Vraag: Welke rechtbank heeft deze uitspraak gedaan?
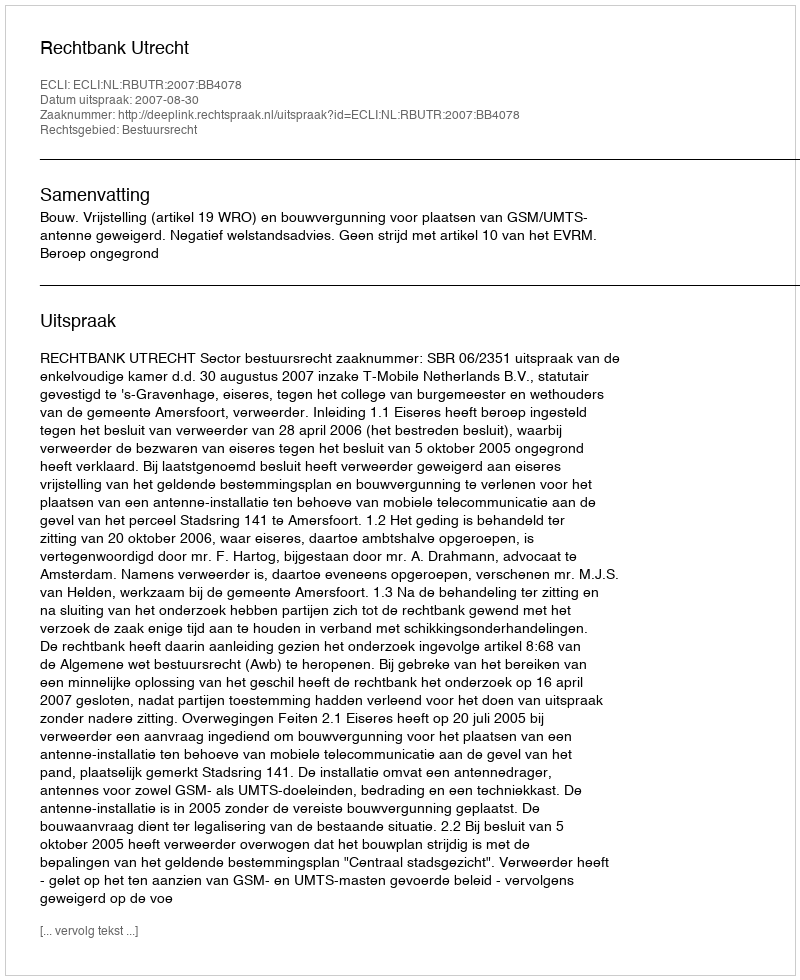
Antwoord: Rechtbank Utrecht